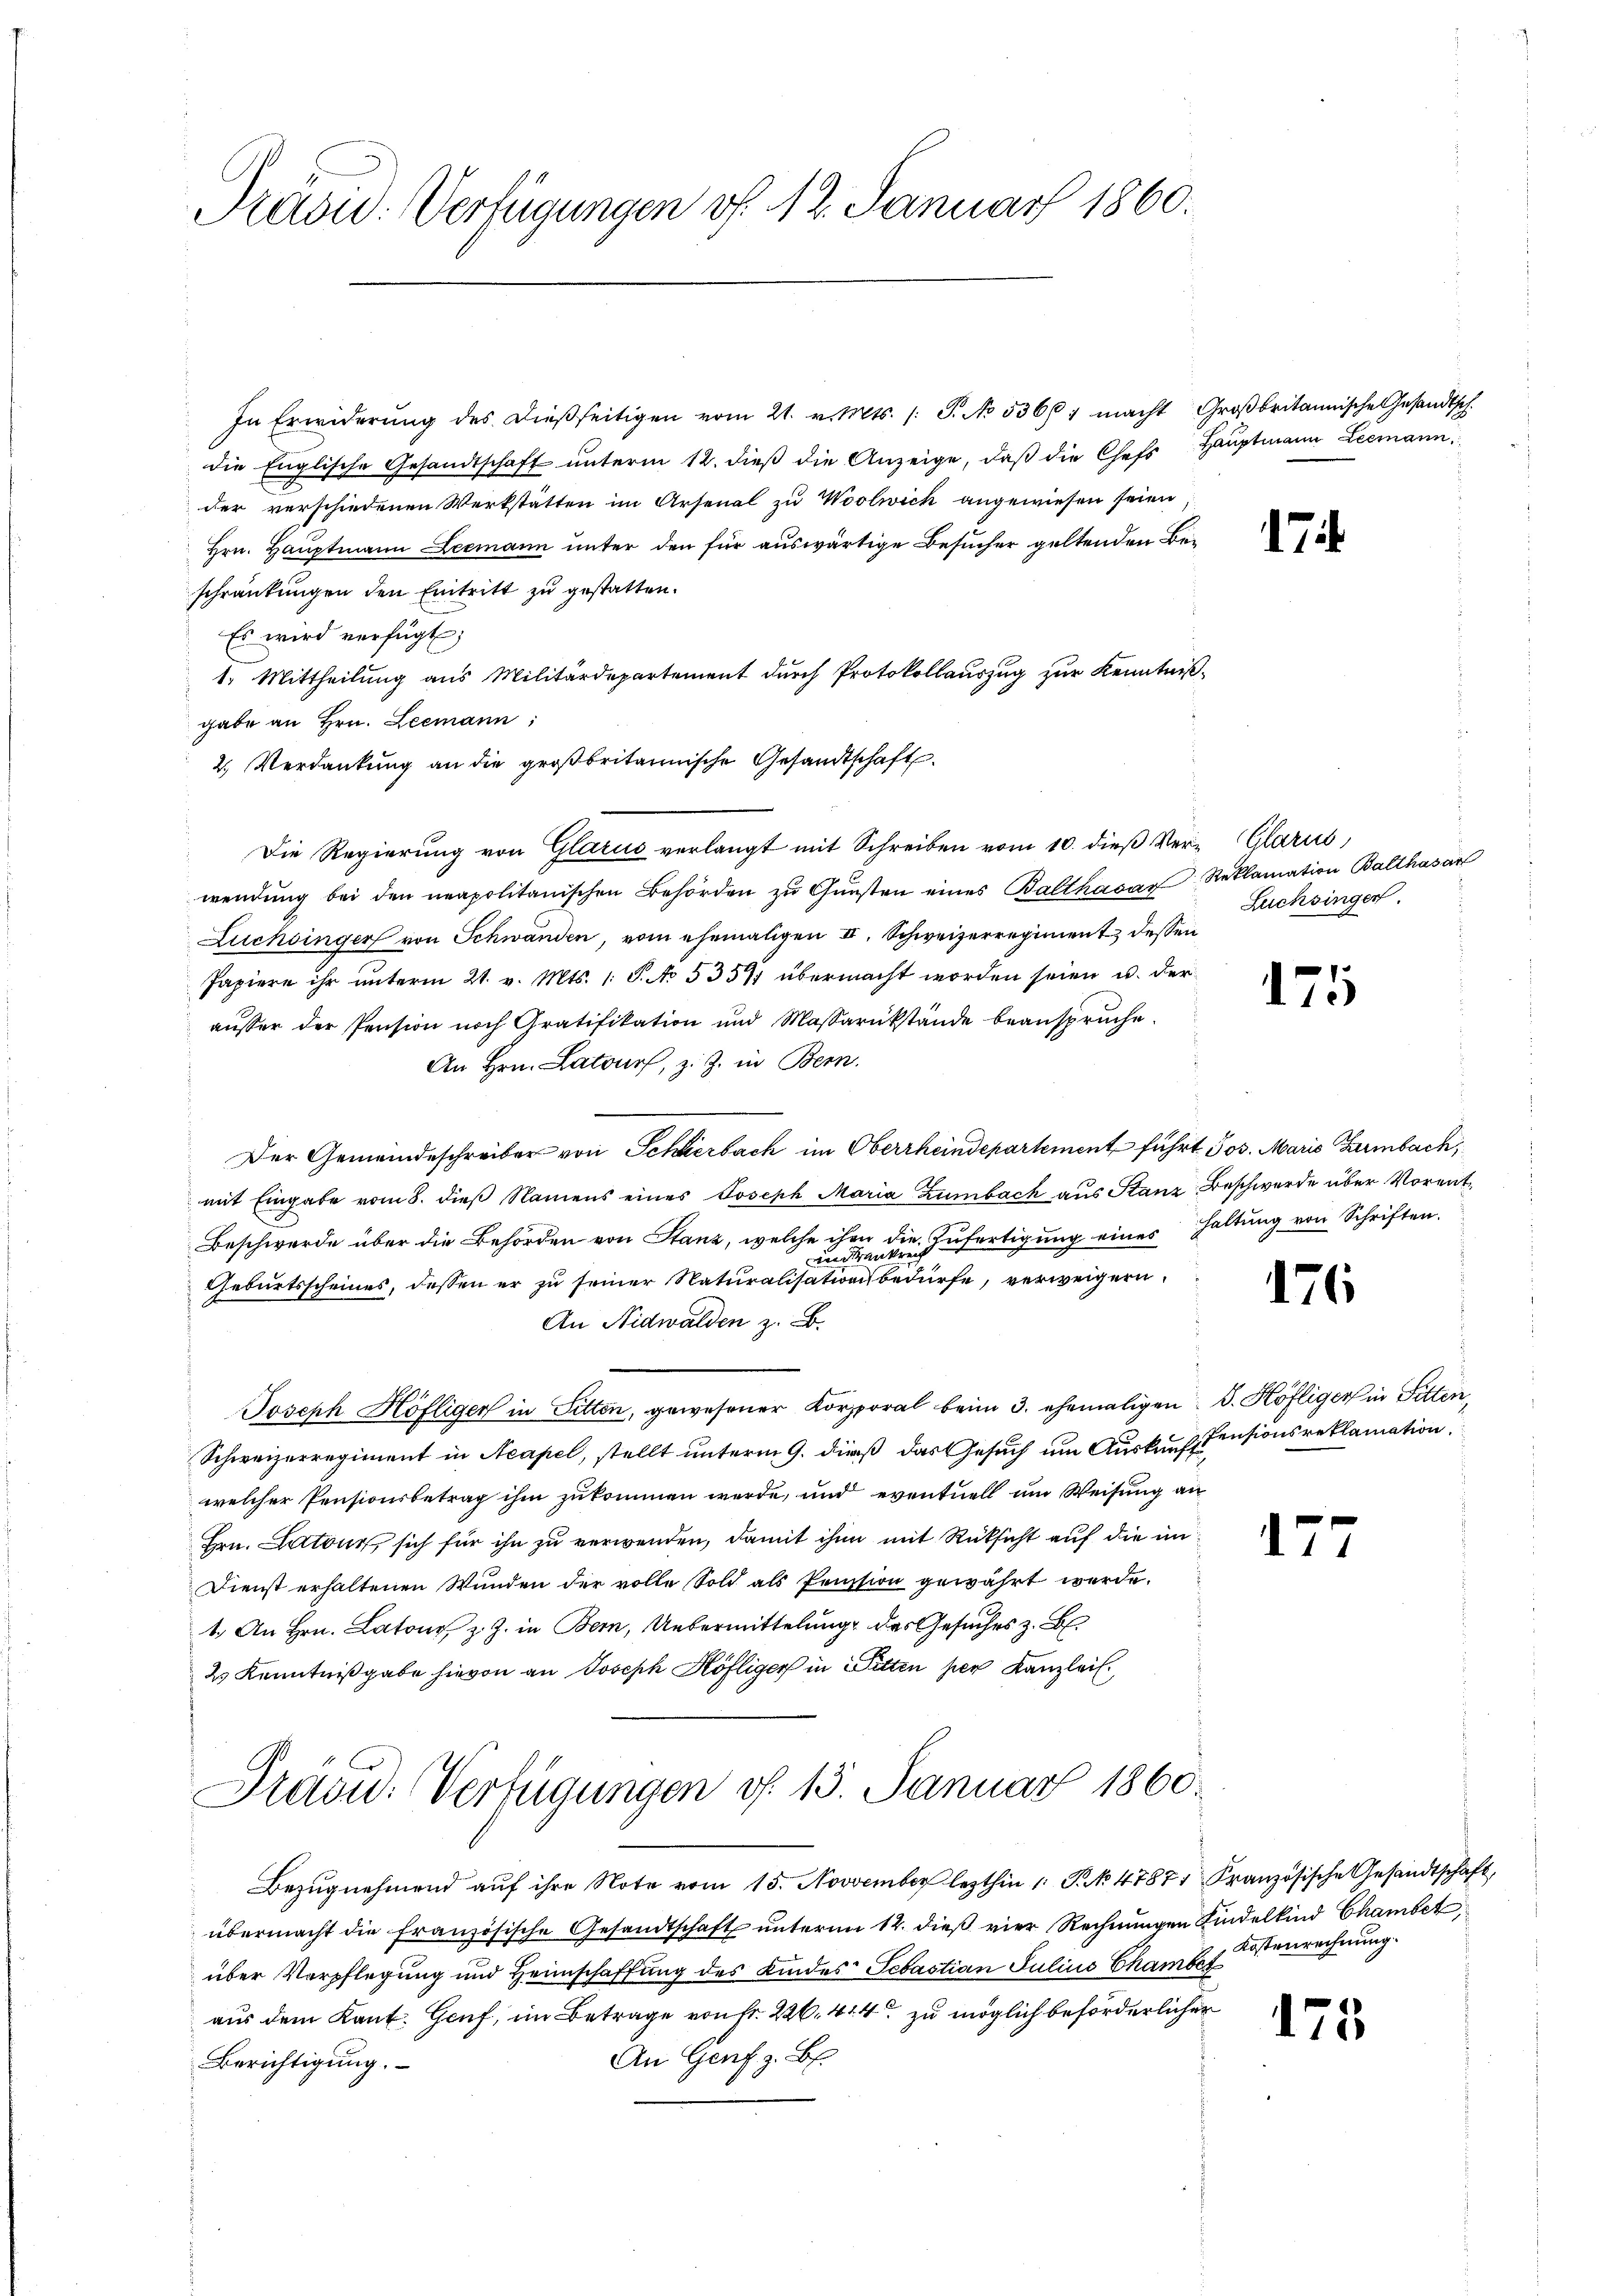
Präsid. Verfügungen v. 12. Januar 1860.

In Erwiderŭng des dieβseitigen vom 21. v. Mts. /: P. No 5366 1 macht Groβbritannische Gesandtsch.
die Englische Gesandtschaft ŭnterm 12. dieβ die Anzeige, daβ die Chefs Haŭptmann Leemann,
der verschiedenen Werkstätten im Arsenal zu Woolwick angewiesen seien,
Hrn. Hauptmann Leemann unter den für auswärtige Besucher geltenden Beschränkungen den Eintritt zu gestatten.
Es wird verfügt;
1. Mittheilung aus Militärdepartement durch Protokollauszug zur Kenntnißgabe an Hrn. Leemann;
2. Verdankung an die großbritannische Gesandtschaft
Die Regierung von Glarus verlangt mit Schreiben vom 10. dieß Ver- Glarus,
wendung bei den neapolitanischen Behörden zŭ Gŭnsten eines Balthasar Reklamation Balthasar
Luchbinger von Schwänden, vom ehemaligen II. Schweizerregiment dessen
Papiere ihr unterm 21. v. Mts. 1. S. No. 5357 übermacht worden seien u. der
äŭser der Pension noch Gratifikation und Massarükstände beanspruche.
An Hrn. Latours, z. Z. in Bern.
Der Gemeindeschreiber von Schlierbach im Oberrheindepartement führt Jos. Maris Gambach,
mit Eingabe vom 8. dieß Namens eines Joseph Maria Zumbach aus Stanz Beschwerde über Vorent¬
Beschwerde über die Behörden von Stanz, welche ihm die Zufertigung eines Haltung von Schriften.
vrankreit
Geburtsscheines, dessen er zu seiner Naturalisationsbedürfe, verweigern
An Nidwalden z. B.
Joseph Höfliger in Sitten, gewesener Korporal beim 3. ehemaligen d. Höfliger in Sitten,
Schweizerregiment in Neapel, stellt unterm 9. dieß das Gesuch um Auskunft Pensionsreklamation
welcher Pensionsbetrag ihm zukommen werde, und eventuell um Weisung an
Hrn. Antons, sich für ihn zu verwenden, damit ihm mit Rücksicht auf die im¬
Dienst erhaltenen Wunden der volle Sold als Pension gewährt werde.
1. An Hrn. Latone, z. Z. in Bern, Uebermittelung des Gesuches z. B
2 Kenntnißgabe hievon an Joseph Köfliger in Witten per Kanzlei.

Präsid. Verfügungen d. 13. Januar 1860.

Bezŭgnehmend aŭf ihre Note vom 15. November lezthin 1 S. 47871. Französische Gesandtschaft,
übermacht die französische Gesandtschaft unterm 12. dieß vier Rechnungen Kindelkind Chamber
über Verpflegung und Heimschaffung des Kindes Sebastian Juline Chamber
aus dem Kant. Genf, im Betrage von Fr. 226. 414 zu möglich beförderlicher
An Genf. z. B.
Berichtigung.

17.

Lüchsingen.

125

176

177

Kostenrechnung.

175